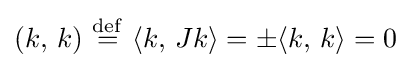
(k,\,k)\ {\stackrel {\mathrm {def} }{=}}\ \langle k,\,Jk\rangle =\pm \langle k,\,k\rangle =0